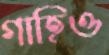
গাহিও